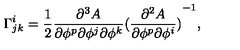
\Gamma _ { j k } ^ { i } = \frac { 1 } { 2 } \frac { \partial ^ { 3 } A } { \partial \phi ^ { p } \partial \phi ^ { j } \partial \phi ^ { k } } { ( \frac { \partial ^ { 2 } A } { \partial \phi ^ { p } \partial \phi ^ { i } } ) } ^ { - 1 } ,